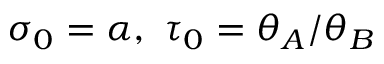
\sigma _ { 0 } = \alpha , \ \tau _ { 0 } = \theta _ { A } / \theta _ { B }